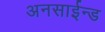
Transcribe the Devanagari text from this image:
अनसाईन्ड